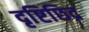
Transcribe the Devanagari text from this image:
दृष्टिछिद्र